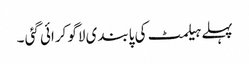
پہلے ہیلمٹ کی پابندی لاگو کرائی گئی ۔